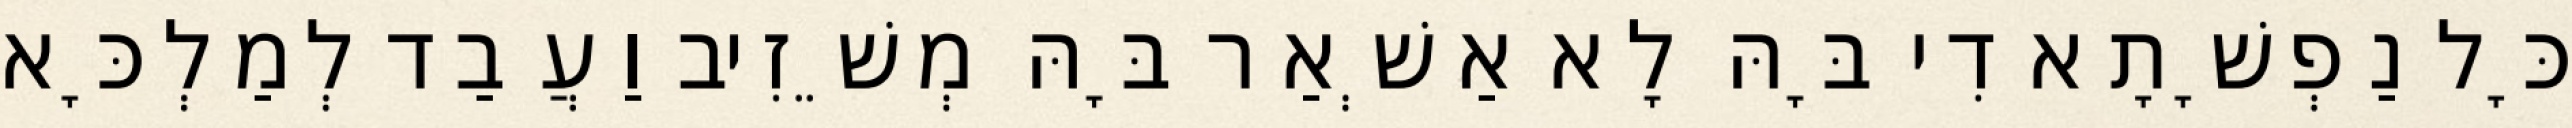
כָּל נַפְשָׁתָא דִי בָּהּ לָא אַשְׁאַר בָּהּ מְשֵׁזִיב וַעֲבַד לְמַלְכָּא